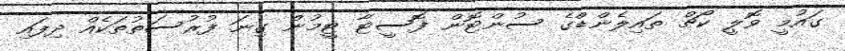
ގައުމީ ވޮލީ ކޯޗް ތައިލެންޑްގެ ސުންޓޮން ފޮސީޓާ ޓީމުން ގިނަ ފުރުސަތުތަކެއް ދިފައި